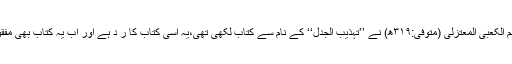
ابوالقاسم الکعبی المعتزلی (متوفیٰ:۳۱۹ھ) نے ’’تہذیب الجدل‘‘ کے نام سے کتاب لکھی تھی،یہ اسی کتاب کا ر د ہے اور اب یہ کتاب بھی مفقود ہے۔